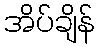
အိပ်ချိန်